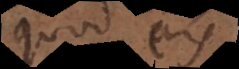
quod eis